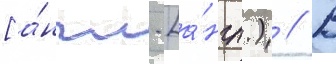
[а́нгл. [а́нгл.) // В